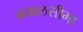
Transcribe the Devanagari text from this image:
बयालसीमा